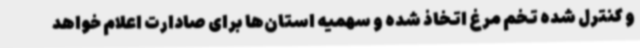
و کنترل شده تخم مرغ اتخاذ شده و سهمیه استان‌ها برای صادارت اعلام خواهد